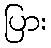
ပြား